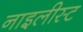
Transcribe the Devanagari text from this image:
नाइलीस्ट